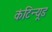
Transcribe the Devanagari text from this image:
कंटिन्यूड